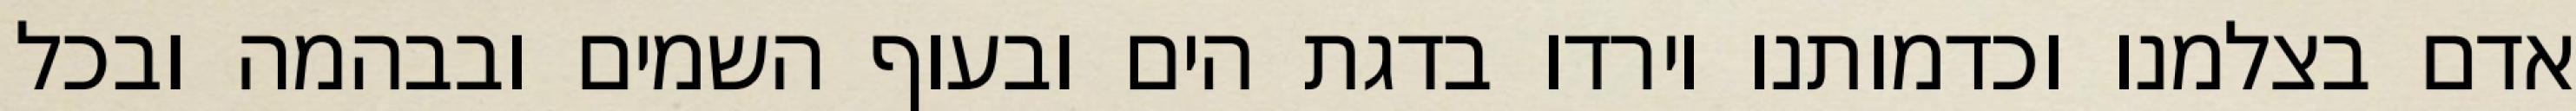
אדם בצלמנו וכדמותנו וירדו בדגת הים ובעוף השמים ובבהמה ובכל